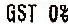
GST 0%